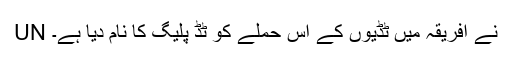
UN نے افریقہ میں ٹڈیوں کے اس حملے کو ٹڈٰ پلیگ کا نام دیا ہے۔